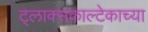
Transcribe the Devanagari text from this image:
ट्लाक्सकाल्टेकाच्या